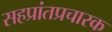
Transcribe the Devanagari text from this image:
सहप्रांतप्रचारक